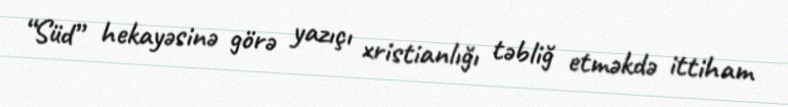
“Süd” hekayəsinə görə yazıçı xristianlığı təbliğ etməkdə ittiham